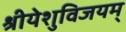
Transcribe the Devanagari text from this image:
श्रीयेशुविजयम्